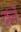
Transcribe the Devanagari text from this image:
दर्जें